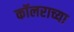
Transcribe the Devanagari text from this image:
कॉलराच्या